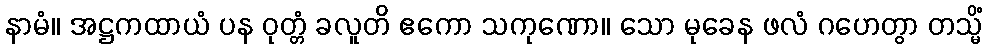
နာမံ။ အဋ္ဌကထာယံ ပန ဝုတ္တံ ခလူတိ ဧကော သကုဏော။ သော မုခေန ဖလံ ဂဟေတွာ တသ္မိံ